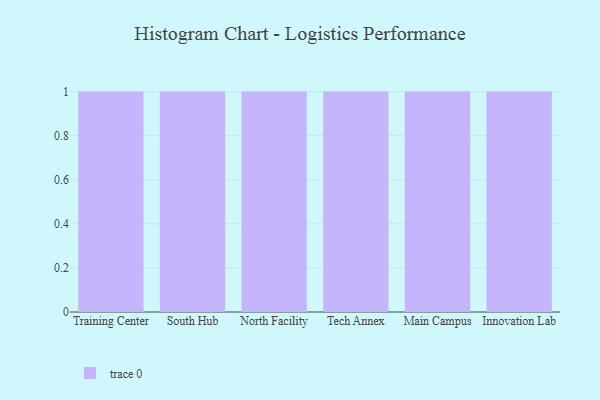
{"axis": {"x": "Campus", "y": "Production Output"}, "legend": [""], "data": [{"x": "Training Center", "y": 80, "type": ""}, {"x": "South Hub", "y": 54, "type": ""}, {"x": "North Facility", "y": 96, "type": ""}, {"x": "Tech Annex", "y": 40, "type": ""}, {"x": "Main Campus", "y": 83, "type": ""}, {"x": "Innovation Lab", "y": 48, "type": ""}]}